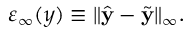
\varepsilon _ { \infty } ( y ) \equiv \| \hat { \mathbf { y } } - \Tilde { \mathbf { y } } \| _ { \infty } .